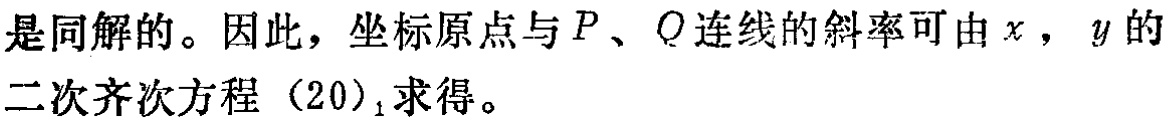
是同解的。因此，坐标原点与\(P\)、\(Q\)连线的斜率可由\(x\)，\(y\)的二次齐次方程\((20)_1\)求得。